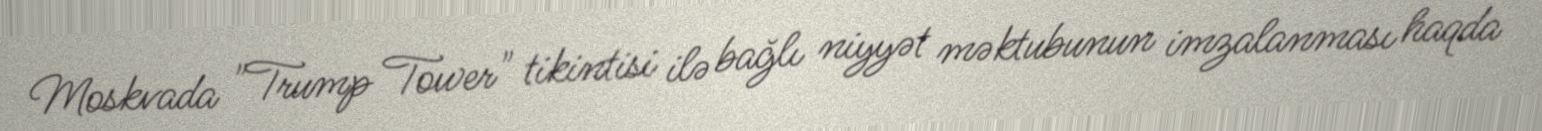
Moskvada "Trump Tower" tikintisi ilə bağlı niyyət məktubunun imzalanması haqda